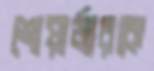
শোয়ার্জারকে